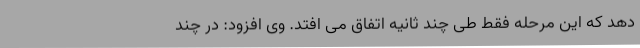
دهد که این مرحله فقط طی چند ثانیه اتفاق می افتد. وی افزود: در چند